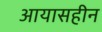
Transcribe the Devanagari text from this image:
आयासहीन